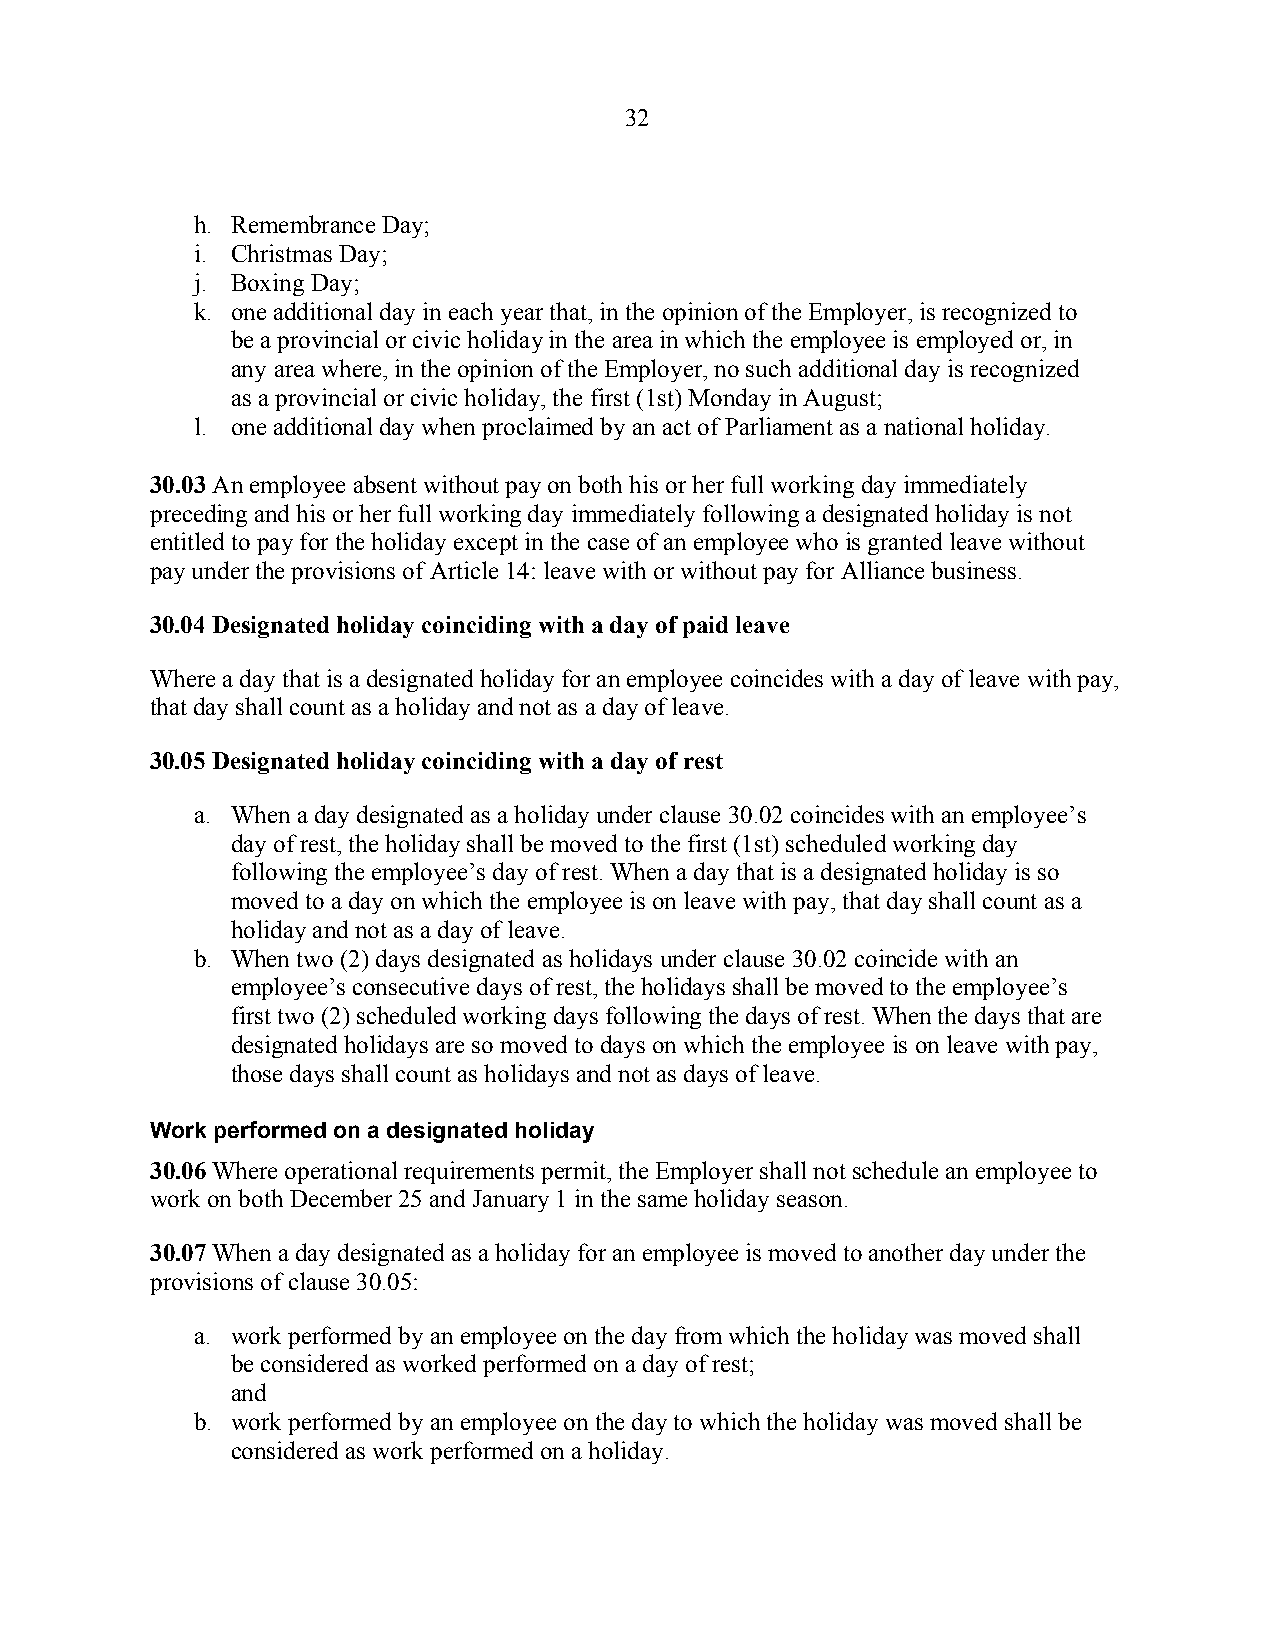
32
 h. Remembrance Day;
 i. Christmas Day;
 j. Boxing Day;
 k. one additional day in each year that, in the opinion of the Employer, is recognized to
 be a provincial or civic holiday in the area in which the employee is employed or, in
 any area where, in the opinion of the Employer, no such additional day is recognized
 as a provincial or civic holiday, the first (1st) Monday in August;
 l. one additional day when proclaimed by an act of Parliament as a national holiday.
 30.03 An employee absent without pay on both his or her full working day immediately
 preceding and his or her full working day immediately following a designated holiday is not
 entitled to pay for the holiday except in the case of an employee who is granted leave without
 pay under the provisions of Article 14: leave with or without pay for Alliance business.
 30.04 Designated holiday coinciding with a day of paid leave
 Where a day that is a designated holiday for an employee coincides with a day of leave with pay,
 that day shall count as a holiday and not as a day of leave.
 30.05 Designated holiday coinciding with a day of rest
 a. When a day designated as a holiday under clause 30.02 coincides with an employee’s
 day of rest, the holiday shall be moved to the first (1st) scheduled working day
 following the employee’s day of rest. When a day that is a designated holiday is so
 moved to a day on which the employee is on leave with pay, that day shall count as a
 holiday and not as a day of leave.
 b. When two (2) days designated as holidays under clause 30.02 coincide with an
 employee’s consecutive days of rest, the holidays shall be moved to the employee’s
 first two (2) scheduled working days following the days of rest. When the days that are
 designated holidays are so moved to days on which the employee is on leave with pay,
 those days shall count as holidays and not as days of leave.
 Work performed on a designated holiday
 30.06 Where operational requirements permit, the Employer shall not schedule an employee to
 work on both December 25 and January 1 in the same holiday season.
 30.07 When a day designated as a holiday for an employee is moved to another day under the
 provisions of clause 30.05:
 a. work performed by an employee on the day from which the holiday was moved shall
 be considered as worked performed on a day of rest;
 and
 b. work performed by an employee on the day to which the holiday was moved shall be
 considered as work performed on a holiday.